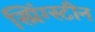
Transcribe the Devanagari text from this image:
स्प्रिंग्स्टीन